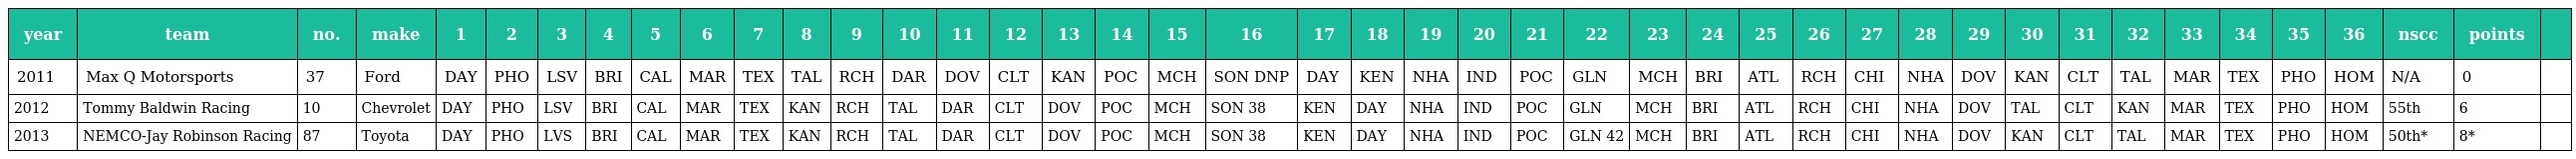
| year | team | no. | make | 1 | 2 | 3 | 4 | 5 | 6 | 7 | 8 | 9 | 10 | 11 | 12 | 13 | 14 | 15 | 16 | 17 | 18 | 19 | 20 | 21 | 22 | 23 | 24 | 25 | 26 | 27 | 28 | 29 | 30 | 31 | 32 | 33 | 34 | 35 | 36 | nscc | points |  |
 | --- | --- | --- | --- | --- | --- | --- | --- | --- | --- | --- | --- | --- | --- | --- | --- | --- | --- | --- | --- | --- | --- | --- | --- | --- | --- | --- | --- | --- | --- | --- | --- | --- | --- | --- | --- | --- | --- | --- | --- | --- | --- | --- |
 | 2011 | Max Q Motorsports | 37 | Ford | DAY | PHO | LSV | BRI | CAL | MAR | TEX | TAL | RCH | DAR | DOV | CLT | KAN | POC | MCH | SON DNP | DAY | KEN | NHA | IND | POC | GLN | MCH | BRI | ATL | RCH | CHI | NHA | DOV | KAN | CLT | TAL | MAR | TEX | PHO | HOM | N/A | 0 |  |
 | 2012 | Tommy Baldwin Racing | 10 | Chevrolet | DAY | PHO | LSV | BRI | CAL | MAR | TEX | KAN | RCH | TAL | DAR | CLT | DOV | POC | MCH | SON 38 | KEN | DAY | NHA | IND | POC | GLN | MCH | BRI | ATL | RCH | CHI | NHA | DOV | TAL | CLT | KAN | MAR | TEX | PHO | HOM | 55th | 6 |  |
 | 2013 | NEMCO-Jay Robinson Racing | 87 | Toyota | DAY | PHO | LVS | BRI | CAL | MAR | TEX | KAN | RCH | TAL | DAR | CLT | DOV | POC | MCH | SON 38 | KEN | DAY | NHA | IND | POC | GLN 42 | MCH | BRI | ATL | RCH | CHI | NHA | DOV | KAN | CLT | TAL | MAR | TEX | PHO | HOM | 50th* | 8* |  |